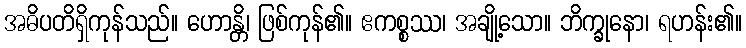
အဓိပတိရှိကုန်သည်။ ဟောန္တိ၊ ဖြစ်ကုန်၏။ ဧကစ္စဿ၊ အချို့သော။ ဘိက္ခုနော၊ ရဟန်း၏။